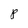
Character: P